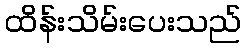
ထိန်းသိမ်းပေးသည်